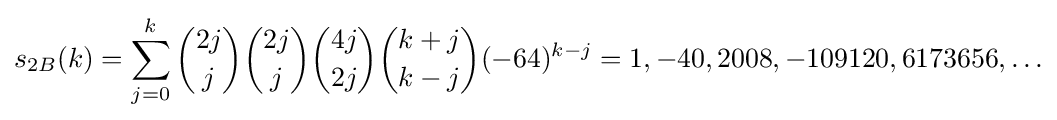
s_{2B}(k)=\sum _{j=0}^{k}{\binom {2j}{j}}{\binom {2j}{j}}{\binom {4j}{2j}}{\binom {k+j}{k-j}}(-64)^{k-j}=1,-40,2008,-109120,6173656,\ldots